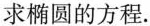
求椭圆的方程.